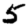
Digit: 5